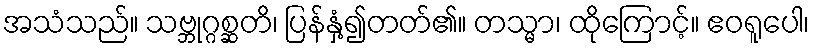
အသံသည်။ သဗ္ဘုဂ္ဂစ္ဆတိ၊ ပြန်နှံ့၍တတ်၏။ တသ္မာ၊ ထိုကြောင့်။ ဧဝရူပေါ၊